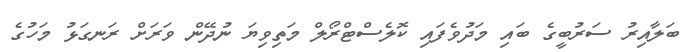
ބަލާއިރު ސަރުބީގެ ބައި މަދުވެފައި ކޮލެސްޓްރޯލް މަތިވިޔަ ނުދޭން ވަރަށް ރަނގަޅު މަހުގެ